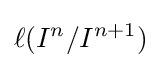
\ell (I^{n}/I^{n+1})